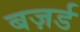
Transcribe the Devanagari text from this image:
बज़र्ड